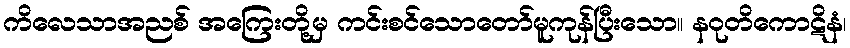
ကိလေသာအညစ် အကြေးတို့မှ ကင်းစင်သောတော်မူကုန်ပြီးသော။ နဝုတိကောဋိနံ၊